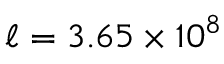
\ell = 3 . 6 5 \times 1 0 ^ { 8 }